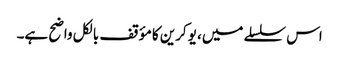
اس سلسلے میں، یوکرین کا مؤقف بالکل واضح ہے۔